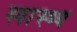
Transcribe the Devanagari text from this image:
स्‍वास्थ्य